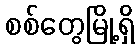
စစ်တွေမြို့ရှိ